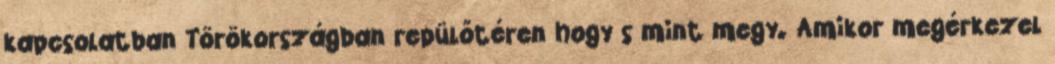
kapcsolatban Törökországban repülőtéren hogy s mint megy. Amikor megérkezel